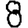
Digit: 8